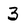
Character: 3